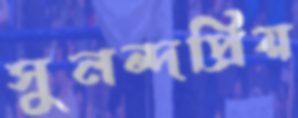
সুনন্দপ্রিয়